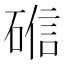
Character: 𬒘